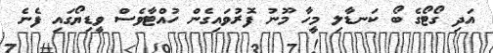
އަދި ގޯޓޯގެ ބޯ ކަނޑާލި މީހާ މޫނު ފޮރުވައިގެން ހުއްޓާވެސް ވީޑިޔޯގައި ފެނެ